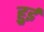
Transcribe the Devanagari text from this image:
हुुई